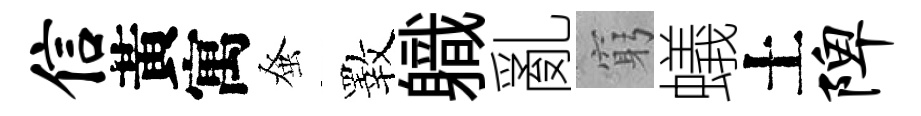
信黃寓𫊫斁軄亂窮蟻土陴